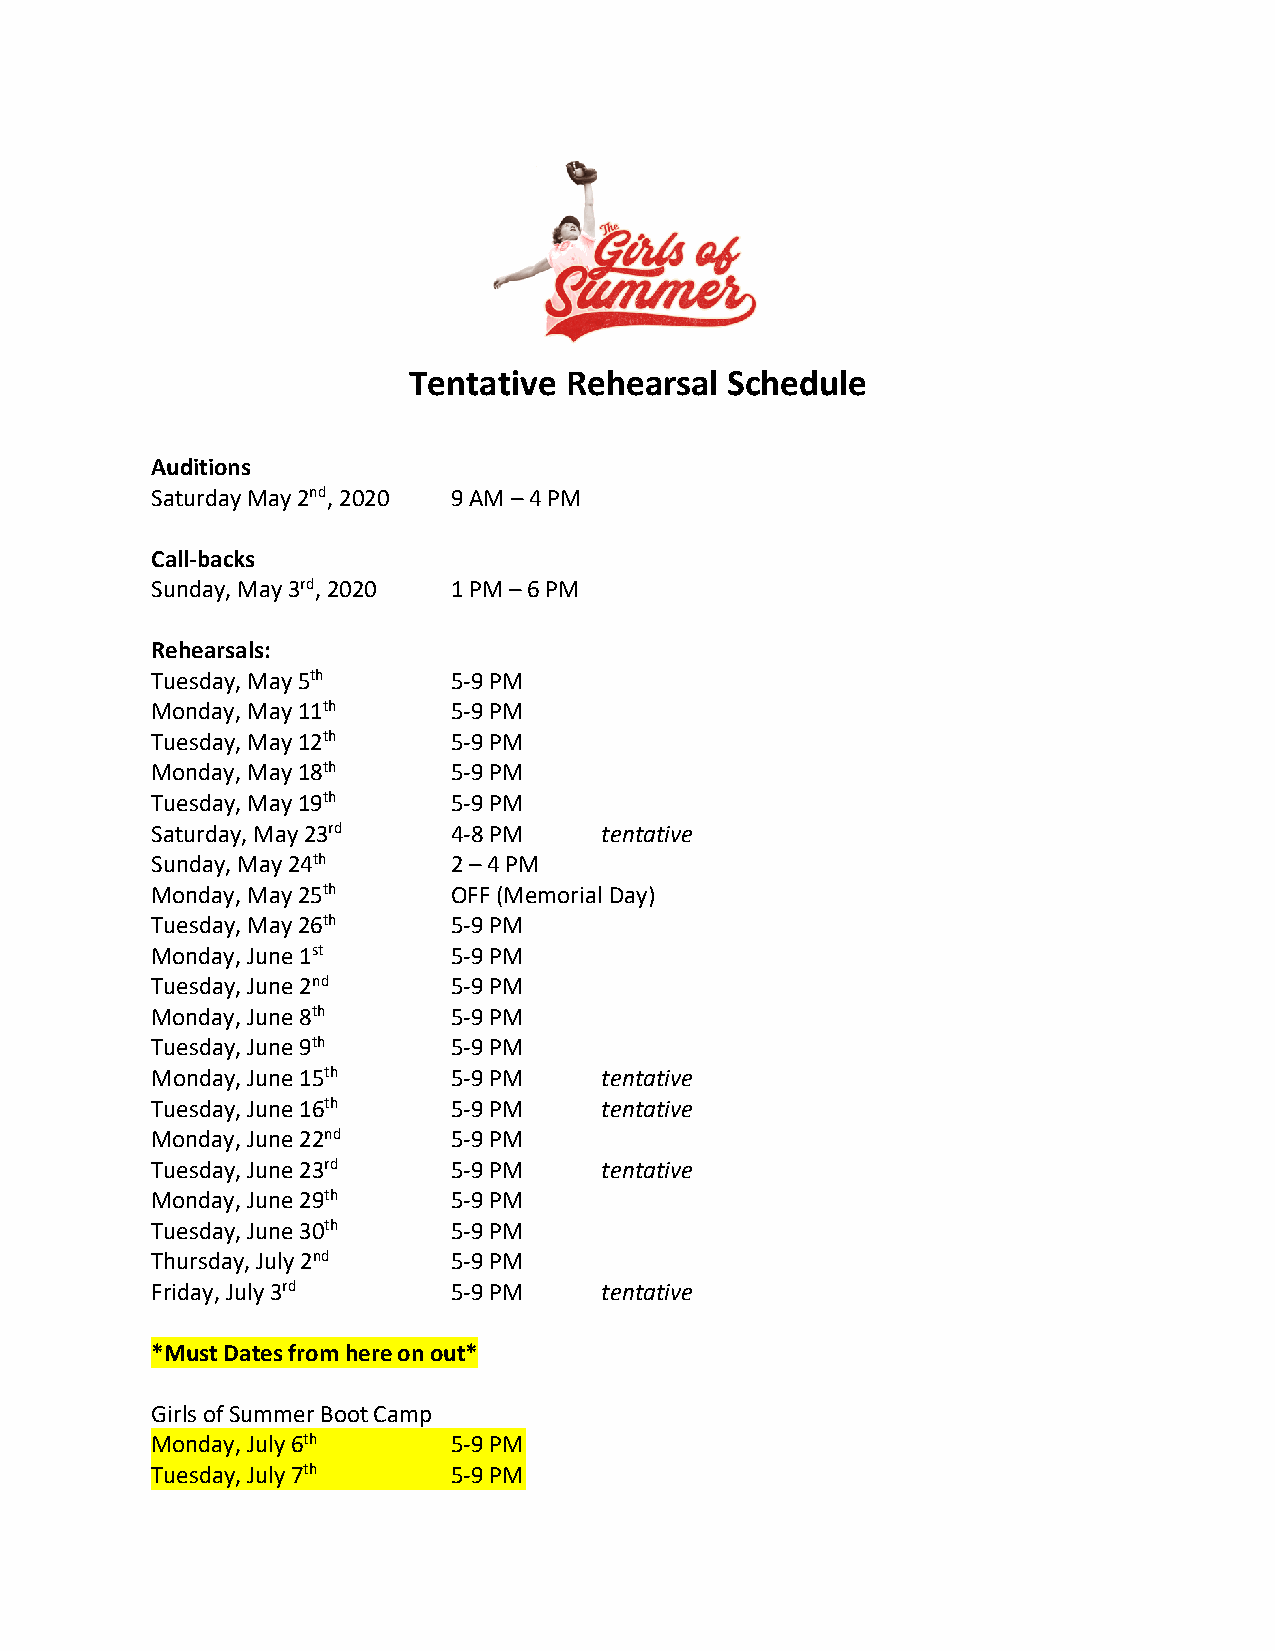
Tentative Rehearsal  Schedule
 Auditions
 Saturday May 2nd, 2020 9 AM – 4 PM
 Call-backs
 Sunday, May 3rd, 2020 1 PM – 6 PM
 Rehearsals:
 Tuesday, May 5th    5-9 PM
 Monday, May 11th    5-9 PM
 Tuesday, May 12th   5-9 PM
 Monday, May 18th    5-9 PM
 Tuesday, May 19th   5-9 PM
 Saturday, May 23rd  4-8 PM    tentative
 Sunday, May 24th    2 – 4 PM
 Monday, May 25th    OFF (Memorial Day)
 Tuesday, May 26th   5-9 PM
 Monday, June 1st    5-9 PM
 Tuesday, June 2nd   5-9 PM
 Monday, June 8th    5-9 PM
 Tuesday, June 9th   5-9 PM
 Monday, June 15th   5-9 PM    tentative
 Tuesday, June 16th  5-9 PM    tentative
 Monday, June 22nd   5-9 PM
 Tuesday, June 23rd  5-9 PM    tentative
 Monday, June 29th   5-9 PM
 Tuesday, June 30th  5-9 PM
 Thursday, July 2nd  5-9 PM
 Friday, July 3rd    5-9 PM    tentative
 *Must Dates from here on out*
 Girls of Summer Boot Camp
 Monday, July 6th    5-9 PM
 Tuesday, July 7th   5-9 PM